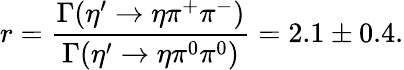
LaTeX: r=\frac{\Gamma(\eta^{\prime}\rightarrow\eta\pi^{+}\pi^{-})}{\Gamma(\eta^{\prime}\rightarrow\eta\pi^{0}\pi^{0})}=2.1\pm 0.4.